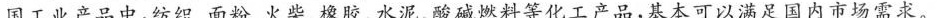
国工业产品中，纺织、面粉、火柴、橡胶、水泥、酸碱燃料等化工产品，基本可以满足国内市场需求。